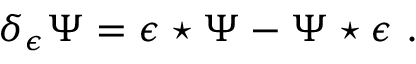
\delta _ { \epsilon } \Psi = \epsilon \star \Psi - \Psi \star \epsilon \, \, .